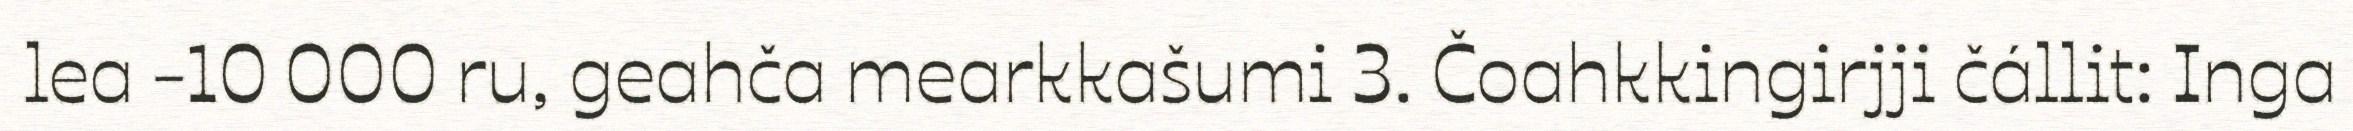
lea -10 000 ru, geahča mearkkašumi 3. Čoahkkingirjji čállit: Inga